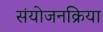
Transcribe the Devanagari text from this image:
संयोजनक्रिया